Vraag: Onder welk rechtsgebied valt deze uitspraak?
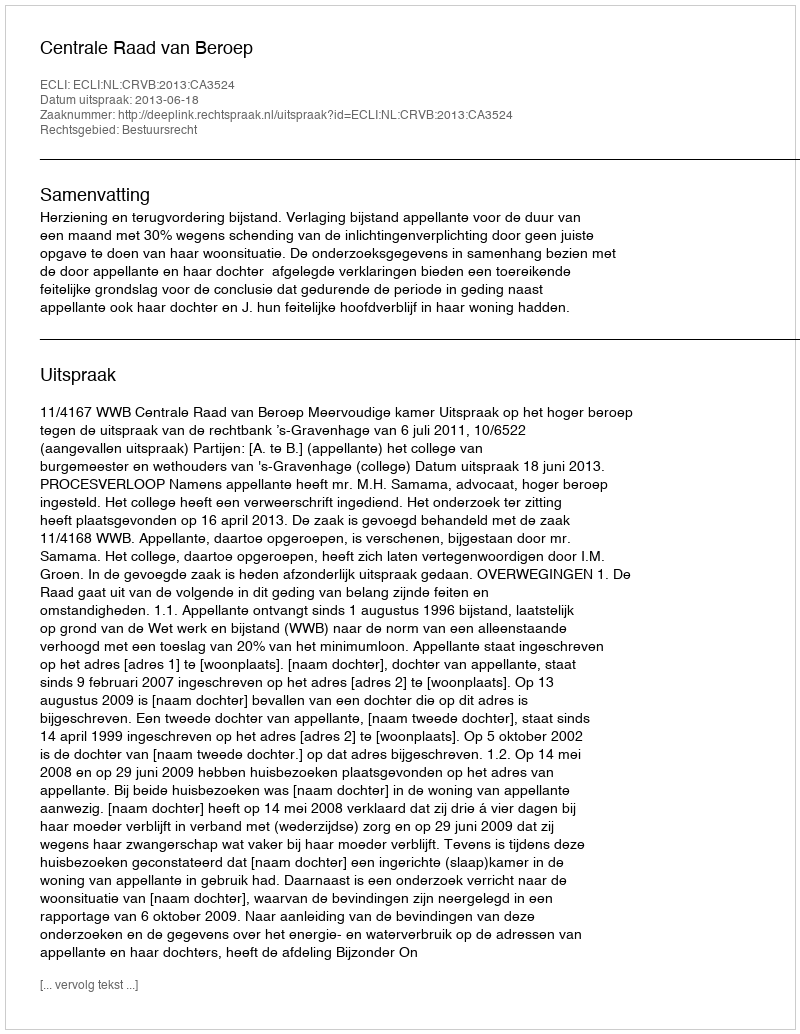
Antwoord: Bestuursrecht